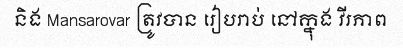
និង Mansarovar ត្រូវបាន រៀបរាប់ នៅក្នុង វីរភាព